Lunatic asylums United Provinces 1899-1908 - 1899-1908
Year: 1899
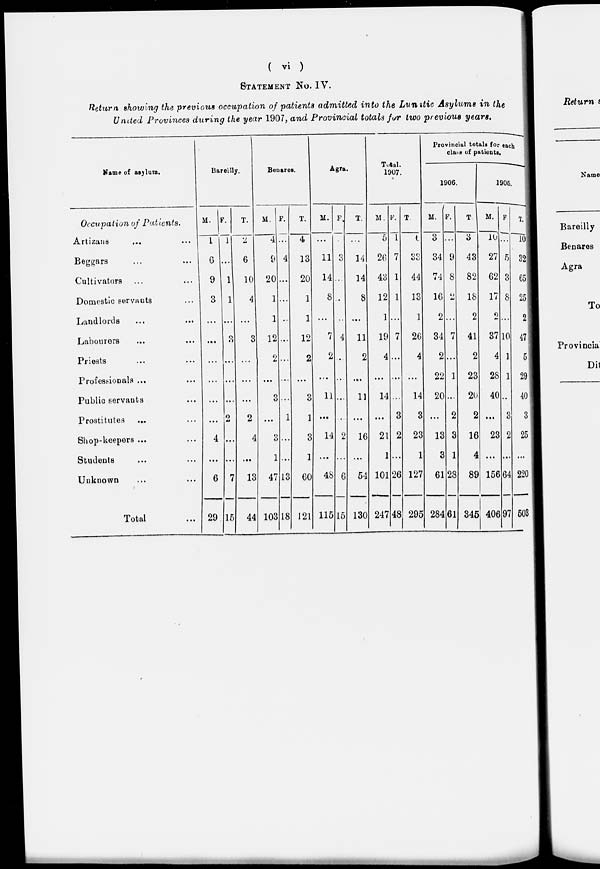
( vi )
STATEMENT No. IV.
Return showing the previous occupation of patients admitted into the Lunstic Asylums in the
United Provinces during the year 1907, and Provincial totals for two previous years.
Name of asylum.
Occupation of Patients.
Artizans ... ...
Beggars ... ...
Cultivators ... ...
Domestic servants ...
Landlords... ...
Labourers... ...
Priests ... ...
Professionals ... ...
Public servants ... ...
Prostitutes ... ...
Shop-keepers ... ...
Students ... ...
Unknown ... ...
Total ...
Bareilly.
M.
1
6
9
3
...
...
...
...
...
...
4
...
6
29
F.
1
...
1
1
...
3
...
...
...
2
...
...
7
15
T.
2
6
10
4
...
3
...
...
...
2
4
...
13
44
Benares.
M.
4
9
20
1
1
12
2
...
3
...
3
1
47
103
F.
...
4
...
...
...
...
...
...
...
1
...
...
13
18
T.
4
13
20
1
1
12
2
...
3
1
3
1
60
121
Agra.
M.
...
11
14
8
...
7
2
...
11
...
14
...
48
115
F.
3
...
...
...
4
...
...
...
...
2
...
6
15
T.
...
14
14
8
...
11
2
...
11
...
16
...
54
130
Total.
1907.
M.
5
26
43
12
1
19
4
...
14
...
21
1
101
247
F.
1
7
1
1
...
7
...
...
...
3
2
...
26
48
T.
6
33
44
13
1
26
4
...
14
3
23
1
127
295
Provincial totals for each
class of patients.
1906.
M.
3
34
74
16
2
34
2
22
20
...
13
3
61
284
F.
...
9
8
2
...
7
...
1
...
2
3
1
28
61
T.
3
43
82
18
2
41
2
23
20
2
16
4
89
345
1905.
M.
10
27
62
17
2
37
4
28
40
...
23
...
156
406
F
...
5
3
8
...
10
1
1
...
3
2
...
64
97
T.
10
32
65
25
2
47
5
29
40
3
25
...
220
503